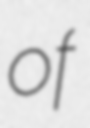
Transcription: of